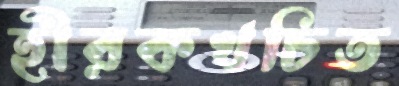
হীরকখচিত